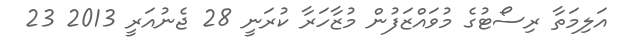
އަލިމަތާ ރިސޯޓުގެ މުވައްޒަފުން މުޒާހަރާ ކުރަނީ 28 ޖެނުއަރީ 2013 23